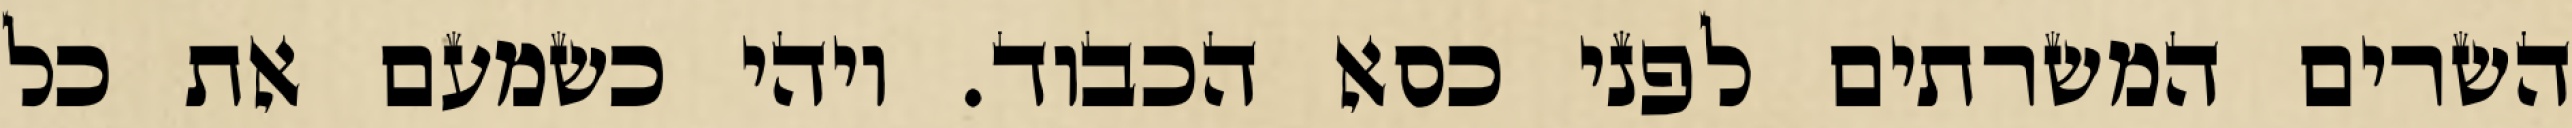
השרים המשרתים לפני כסא הכבוד. ויהי כשמעם את כל